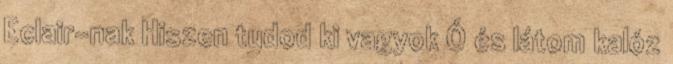
Eclair-nak Hiszen tudod ki vagyok Ó és látom kalóz